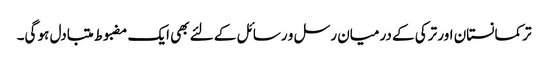
ترکمانستان اور ترکی کے درمیان رسل و رسائل کے لئے بھی ایک مضبوط متبادل ہو گی۔